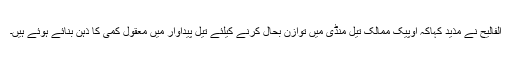
الفالیح نے مذید کہاکہ اوپیک ممالک تیل منڈی میں توازن بحال کرنے کیلئے تیل پیداوار میں معقول کمی کا ذہن بنائے ہوئے ہیں۔